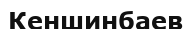
Кеншинбаев